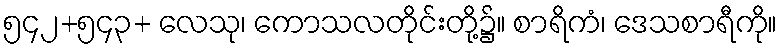
၅၄၂+၅၄၃+ လေသု၊ ကောသလတိုင်းတို့၌။ စာရိကံ၊ ဒေသစာရီကို။